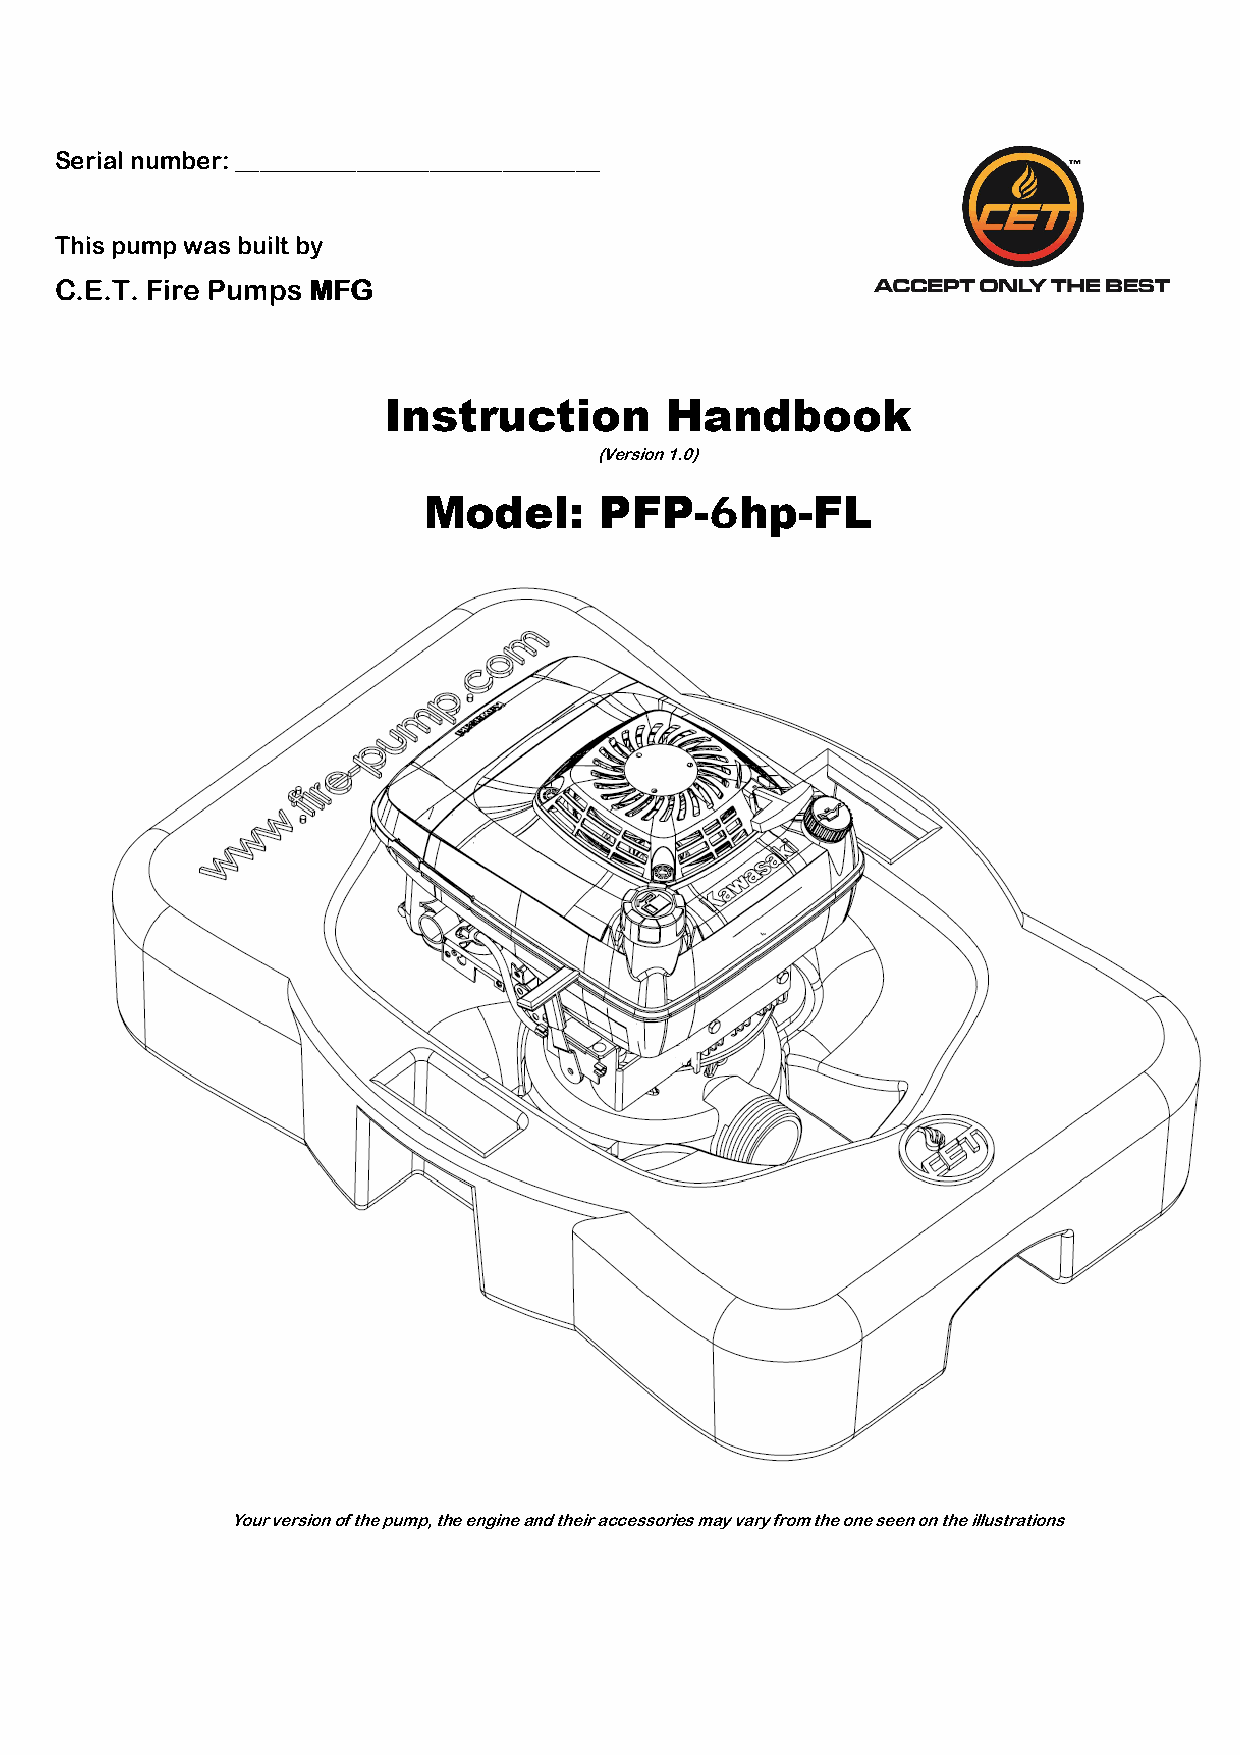
Serial number: ______________________________
 This pump was built by
 CCCC....EEEE....TTTT.... FFFFiiiirrrreeee PPPPuuuummmmppppssss MMMMFFFFGGGG
 Instruction        Handbook
 (Version 1.0)
 Model:      PFP-6hp-FL
 Your version of the pump, the engine and their accessories may vary from the one seen on the illustrations